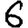
Digit: 6